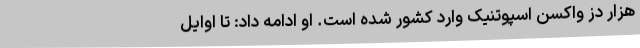
هزار دُز واکسن اسپوتنیک وارد کشور شده است. او ادامه داد: تا اوایل